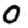
Digit: 0